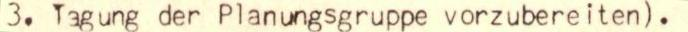
3. Tagung der Planungsgruppe vorzubereiten).